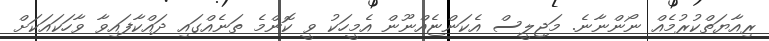
ރިއާޔަތްކުރުމެއް ނޯންނާނެ. މަޖިލީސް އެކަންޏެއްނޫން އެމީހަކު ވީ ކޮންމެ ތަނެއްގައި ދައްކާފައިވާ ވާހަކައަކަށް